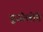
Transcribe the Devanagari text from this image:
पुजोलोने